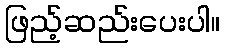
ဖြည့်ဆည်းပေးပါ။